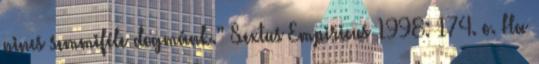
nincs semmiféle dogmánk.” Sextus Empiricus 1998: 174. o. Ha